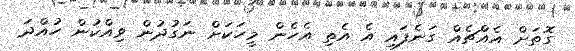
ގޮތަށް އެއްޗެއް ގަނެފައި އެ އެތި އެހެން މީހަކަށް ނަގުދުން ވިއްކުން ހުއްދަ